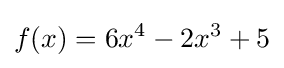
f(x)=6x^{4}-2x^{3}+5